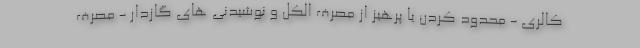
کالری - محدود کردن یا پرهیز از مصرف الکل و نوشیدنی های گازدار - مصرف